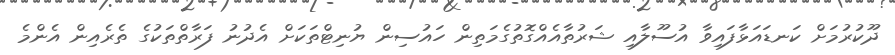
ދޫކުރުމަށް ކަނޑައަޅާފައިވާ އުސޫލާއި ޝަރުތާއެއްގޮތުގެމަތިން ހައުސިން ޔުނިޓްތަކަށް އެދުނު ފަރާތްތަކުގެ ތެރެއިން އެންމެ